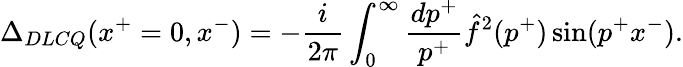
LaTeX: \Delta_{DLCQ}(x^{+}=0,x^{-})=-{\frac{i}{2\pi}}\int_{0}^{\infty}{\frac{dp^{+}}{p^{+}}}\hat{f}^{2}(p^{+})\sin(p^{+}x^{-}).